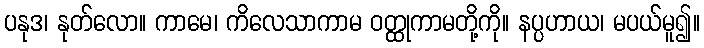
ပနုဒ၊ နုတ်လော။ ကာမေ၊ ကိလေသာကာမ ဝတ္ထုကာမတို့ကို။ နပ္ပဟာယ၊ မပယ်မူ၍။